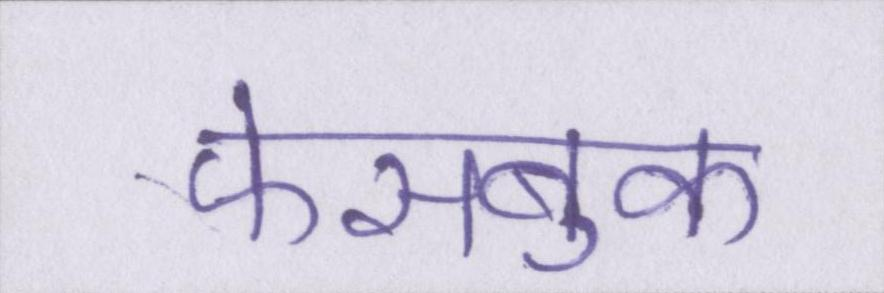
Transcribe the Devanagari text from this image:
फेसबुक